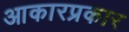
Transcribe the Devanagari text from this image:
आकारप्रकार